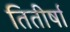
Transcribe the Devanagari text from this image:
तितीर्षा